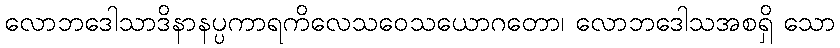
လောဘဒေါသာဒိနာနပ္ပကာရကိလေသဝေသယောဂတော၊ လောဘဒေါသအစရှိ သော